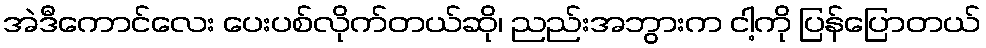
အဲဒီကောင်လေး ပေးပစ်လိုက်တယ်ဆို၊ ညည်းအဘွားက ငါ့ကို ပြန်ပြောတယ်